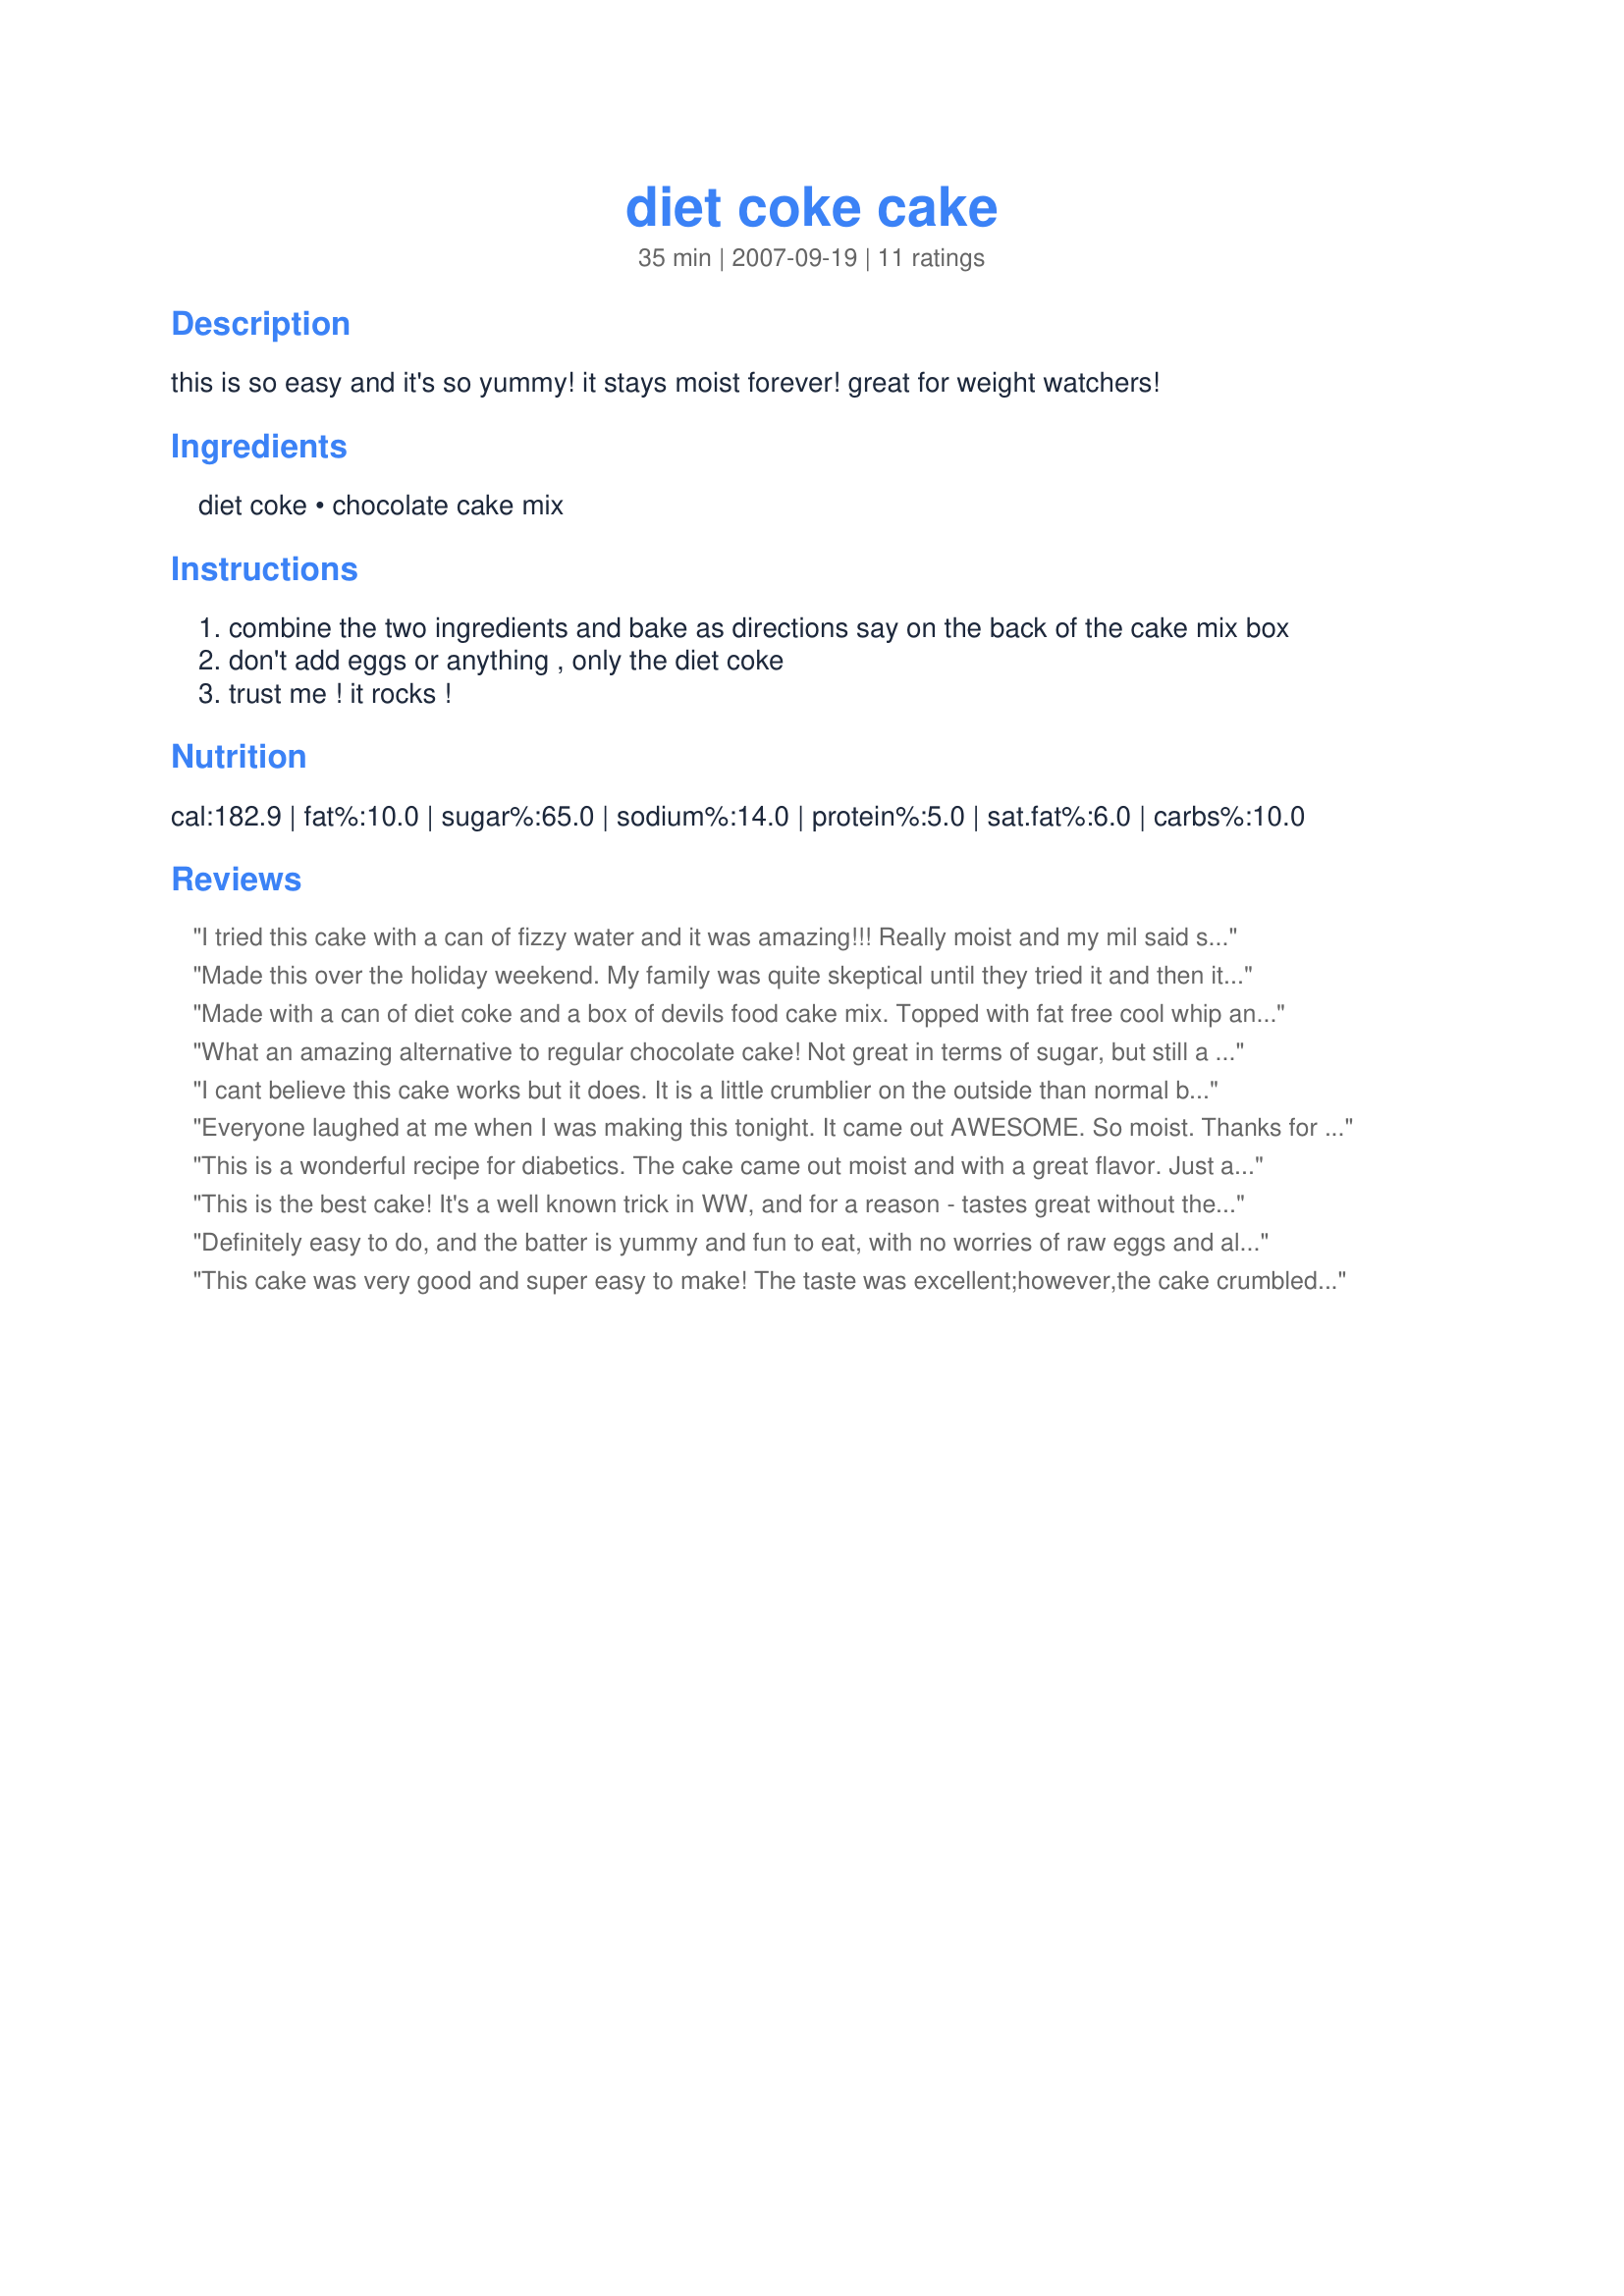
diet coke cake
Preparation time: 35 minutes

this is so easy and it's so yummy! it stays moist forever! great for weight watchers!

Ingredients:
diet coke, chocolate cake mix

Steps:
combine the two ingredients and bake as directions say on the back of the cake mix box
don't add eggs or anything , only the diet coke
trust me ! it rocks !

Reviews:
I tried this cake with a can of fizzy water and it was amazing!!! Really moist and my mil said she will never make a cake again with eggs and oil. What a great way to eat dessert and not feel too guilty. This cake turned out perfect and was very moist!!!
Made this over the holiday weekend. My family was quite skeptical until they tried it and then it disappeared! I did frost it with a butter cream that was very sweet, and the flavor of the cake brought the sweet level down. Even my 10 y/o son has asked me to make it again ASAP! DELICIOUS!! Thank you :D
Made with a can of diet coke and a box of devils food cake mix. Topped with fat free cool whip and some sprinkles. Sometimes when I make this I poke holes all over the cake when I take it out of the oven and pour either fat free caramel sauce or fat free sweetened condensed milk over the cake and let it soak in. Then spread on the cool whip when cooled. Mmmmmmm. Just make sure you keep any leftovers in the fridge if you top it with cool whip.
What an amazing alternative to regular chocolate cake! Not great in terms of sugar, but still a wonderful tasting cake!
I cant believe this cake works but it does. It is a little crumblier on the outside than normal but inside it tastes fantastic. I used the cheapest nastiest home brand mix and it still work.
Everyone laughed at me when I was making this tonight. It came out AWESOME. So moist. Thanks for sharing.
This is a wonderful recipe for diabetics. The cake came out moist and with a great flavor. Just as good as the high sugar and fat one. I mixed peanut butter and softened cream cheese with Splenda for the frosting. My diabetic Dh said Thanks!!
This is the best cake! It's a well known trick in WW, and for a reason - tastes great without the added calories of eggs oil or milk! Use devil's cake mix for best results! Thanks for posting!
Definitely easy to do, and the batter is yummy and fun to eat, with no worries of raw eggs and all that. The cake is a little dryer than I expected though. Still, a great alternative to a full-fat dessert. Thank you for sharing.
This cake was very good and super easy to make! The taste was excellent;however,the cake crumbled quite easily.Everyone LOVED it though and I LOVE that it is low in fat and calories!Thank you MissMortgages!
Good idea.... REALLY wanted it to work, but it just didn't. The cupcakes either rose super high or fell super flat.... then when I took them out, they were very squishy and if I pinched them just a little too hard, they lost their shape completely. The flavor was OK -- tasted good but had that artificial sugar after taste. Thanks for sharing it though, I might try again with a different type of cake mix!
